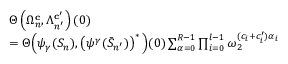
\begin{array} { r l } & { \Theta \left( \Omega _ { n } ^ { \mathbf { c } } , \Lambda _ { n ^ { \prime } } ^ { \mathbf { c } ^ { \prime } } \right) ( 0 ) } \\ & { = \Theta \Big ( \psi _ { \gamma } ( S _ { n } ) , \left( \psi ^ { \gamma } ( \Bar { S } _ { n ^ { \prime } } ) \right) ^ { * } \Big ) ( 0 ) \sum _ { \alpha = 0 } ^ { R - 1 } \prod _ { i = 0 } ^ { l - 1 } \omega _ { 2 } ^ { ( c _ { i } + c _ { i } ^ { \prime } ) \alpha _ { i } } } \end{array}